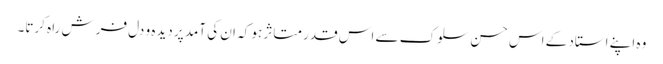
وہ اپنے استاد کے اس حسن سلوک سے اس قدر متاثر ہو کہ ان کی آمد پر دیدہ و دل فرش راہ کرتا۔